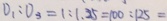
V _ { 1 } : V _ { 3 } = 1 : 1 . 2 5 = 1 0 0 : 1 2 5 =